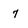
Character: 7